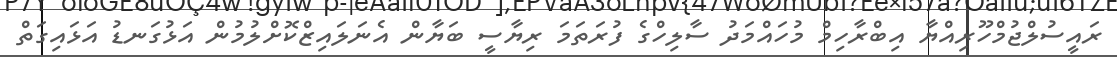
ރައީސުލްޖުމްހޫރިއްޔާ އިބްރާހިމް މުހައްމަދު ސާލިހްގެ ފުރަތަމަ ރިޔާސީ ބަޔާން އެނަލައިޒްކޮށްލުމުން އަޅުގަނޑު އަޅައިގަތް